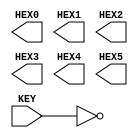
module ex2
(
		input  KEY, 
		output [7:0] HEX0,
		output [7:0] HEX1,
		output [7:0] HEX2,
		output [7:0] HEX3,
		output [7:0] HEX4,
		output [7:0] HEX5
);
//01.03.08
genvar j;
generate
	for (j=0; j<6; j=j+1)
	begin: gen2
	case(j)
		0: assign HEX0[6]=~KEY,
					 HEX0[7]=~KEY;
		1: assign HEX1[3]=~KEY,
					 HEX1[4]=~KEY,
					 HEX1[5]=~KEY,
					 HEX1[6]=~KEY;
		2: assign HEX2[6]=~KEY,
					 HEX2[7]=~KEY;
		3: assign HEX3[4]=~KEY,
					 HEX3[5]=~KEY;
		4: assign HEX4[6]=~KEY,
					 HEX4[7]=~KEY;
		5: assign HEX5[7]=~KEY;
		endcase
	end
endgenerate
endmodule